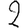
Digit: 2